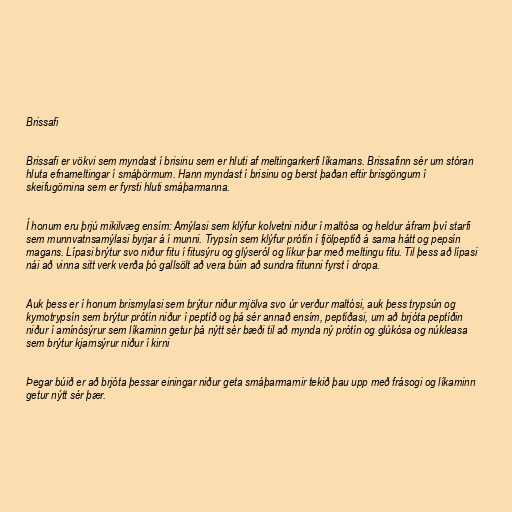
Brissafi

Brissafi er vökvi sem myndast í brisinu sem er hluti af meltingarkerfi líkamans. Brissafinn sér um stóran
hluta efnameltingar í smáþörmum. Hann myndast í brisinu og berst þaðan eftir brisgöngum í
skeifugörnina sem er fyrsti hluti smáþarmanna.

Í honum eru þrjú mikilvæg ensím: Amýlasi sem klýfur kolvetni niður í maltósa og heldur áfram því starfi
sem munnvatnsamýlasi byrjar á í munni. Trypsín sem klýfur prótín í fjölpeptíð á sama hátt og pepsín
magans. Lípasi brýtur svo niður fitu í fitusýru og glýseról og líkur þar með meltingu fitu. Til þess að lípasi
nái að vinna sitt verk verða þó gallsölt að vera búin að sundra fitunni fyrst í dropa.

Auk þess er í honum brismylasi sem brýtur niður mjölva svo úr verður maltósi, auk þess trypsún og
kymotrypsín sem brýtur prótín niður í peptíð og þá sér annað ensím, peptíðasi, um að brjóta peptíðin
niður í amínósýrur sem líkaminn getur þá nýtt sér bæði til að mynda ný prótín og glúkósa og núkleasa
sem brýtur kjarnsýrur niður í kirni

Þegar búið er að brjóta þessar einingar niður geta smáþarmarnir tekið þau upp með frásogi og líkaminn
getur nýtt sér þær.